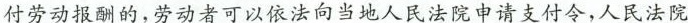
付劳动报酬的，劳动者可以依法向当地人民法院申请支付令，人民法院